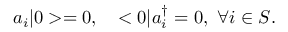
a _ { i } | 0 > = 0 , \ \ \ < 0 | a _ { i } ^ { \dagger } = 0 , \ \forall i \in S .